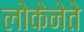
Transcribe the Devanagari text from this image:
लोकेनेते